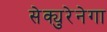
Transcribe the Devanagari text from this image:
सेक्युरेनेगा